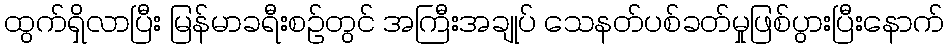
ထွက်ရှိလာပြီး မြန်မာခရီးစဉ်တွင် အကြီးအချုပ် သေနတ်ပစ်ခတ်မှုဖြစ်ပွားပြီးနောက်